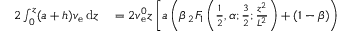
\begin{array} { r l } { 2 \int _ { 0 } ^ { z } ( a + h ) v _ { \mathrm { e } } \, \mathrm { d } z } & { { } = 2 v _ { \mathrm { e } } ^ { 0 } z \left[ a \left( \beta \, { } _ { 2 } F _ { 1 } \left( \frac { 1 } { 2 } , \alpha ; \frac { 3 } { 2 } ; \frac { z ^ { 2 } } { L ^ { 2 } } \right) + ( 1 - \beta ) \right) \right. } \end{array}